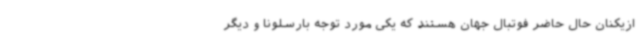
ازیکنان حال حاضر فوتبال جهان هستند که یکی مورد توجه بارسلونا و دیگر